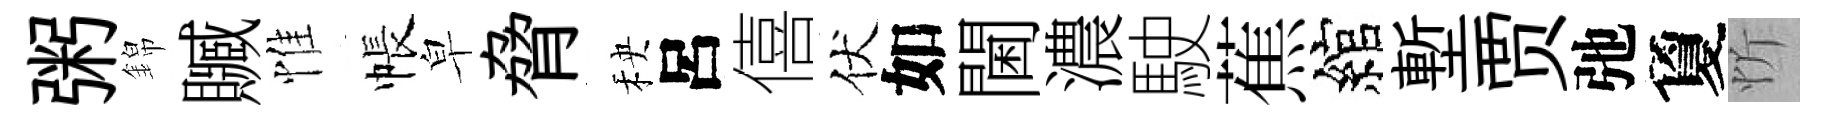
粥錦贓惟帳皁脅秧呂僖伏如閫濃駛蕉綰塹贾弛夐忻